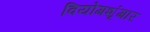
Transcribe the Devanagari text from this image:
वियोगशृंगार